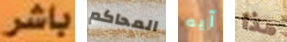
باشر المحاكم آيه هذا